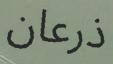
ذرعان